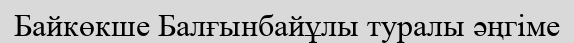
Байкөкше Балғынбайұлы туралы әңгіме